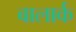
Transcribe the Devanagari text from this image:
बालार्क